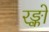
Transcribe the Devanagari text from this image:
रङ्को